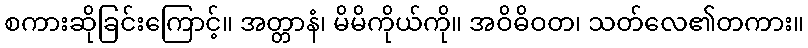
စကားဆိုခြင်းကြောင့်။ အတ္တာနံ၊ မိမိကိုယ်ကို။ အဝိဓိဝတ၊ သတ်လေ၏တကား။